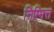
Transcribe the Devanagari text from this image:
निम्मित्त